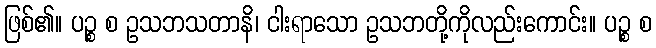
ဖြစ်၏။ ပဉ္စ စ ဥသဘသတာနိ၊ ငါးရာသော ဥသဘတို့ကိုလည်းကောင်း။ ပဉ္စ စ